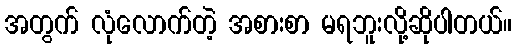
အတွက် လုံလောက်တဲ့ အစားစာ မရဘူးလို့ဆိုပါတယ်။